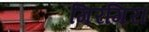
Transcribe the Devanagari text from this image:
गिरगिरा